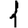
Digit: 1